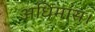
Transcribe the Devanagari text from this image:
अधिमांस।